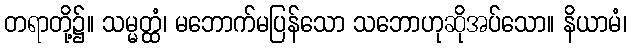
တရာတို့၌။ သမ္မတ္ထံ၊ မဘောက်မပြန်သော သဘောဟုဆိုအပ်သော။ နိယာမံ၊